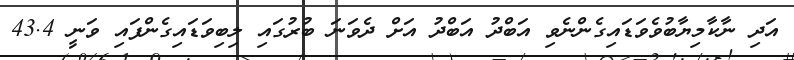
އަދި ނާކާމިޔާބުވެވަޑައިގެންނެވި އަބްދު އަބްދު އަށް ދެވަނަ ބުރުގައި ލިބިވަޑައިގެންފައި ވަނީ 43.4